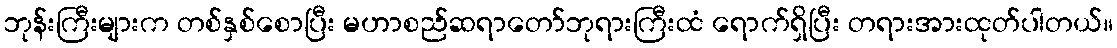
ဘုန်းကြီးများက တစ်နှစ်စောပြီး မဟာစည်ဆရာတော်ဘုရားကြီးထံ ရောက်ရှိပြီး တရားအားထုတ်ပါတယ်။